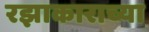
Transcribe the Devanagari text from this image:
रझाकाराच्या